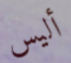
أليس